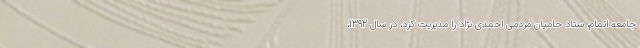
جامعه اتمام، ستاد حامیان مردمی احمدی نژاد را مدیریت کرد، در سال 1392،